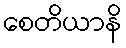
စေတိယာနိ